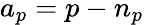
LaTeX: a_{p}=p-n_{p}